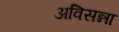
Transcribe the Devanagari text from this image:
अविसन्ना